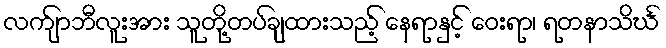
လက်ျာဘီလူးအား သူတို့တပ်ချထားသည့် နေရာနှင့် ဝေးရာ၊ ရတနာသိင်္ဃ